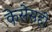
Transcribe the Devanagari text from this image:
केसेसही